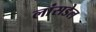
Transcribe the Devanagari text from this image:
लांसडेल